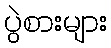
ပွဲစားများ